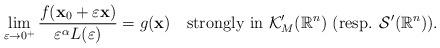
LaTeX: \begin{align*} \lim_{\varepsilon\to{0}^{+}} \frac{f(\mathbf{x}_{0}+\varepsilon \mathbf{x})}{\varepsilon^{\alpha}L(\varepsilon)}=g(\mathbf{x}) \ \ \ \mbox{strongly in } \mathcal{K}_{M}'(\mathbb{R}^{n}) \ (\mbox{resp. } \mathcal{S}'(\mathbb{R}^{n})).\end{align*}